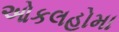
ઓકલહોમા